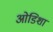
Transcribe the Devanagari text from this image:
ओडिशा